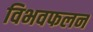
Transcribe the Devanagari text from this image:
विभवफलन